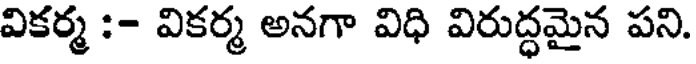
వికర్మ :- వికర్మ అనగా విధి విరుద్ధమైన పని.